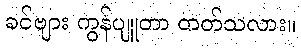
ခင်ဗျား ကွန်ပျူတာ တတ်သလား။